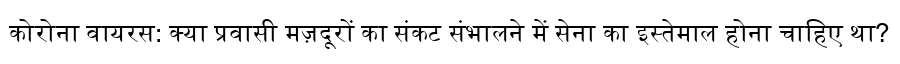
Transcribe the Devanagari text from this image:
कोरोना वायरस: क्या प्रवासी मज़दूरों का संकट संभालने में सेना का इस्तेमाल होना चाहिए था?